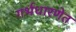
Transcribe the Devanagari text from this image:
गर्भधारणेत